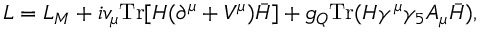
{ \cal L } = { \cal L } _ { M } + i v _ { \mu } \mathrm { T r } [ H ( \partial ^ { \mu } + V ^ { \mu } ) \bar { H } ] + g _ { Q } \mathrm { T r } ( H \gamma ^ { \mu } \gamma _ { 5 } A _ { \mu } \bar { H } ) ,